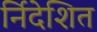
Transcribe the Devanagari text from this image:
र्निदेशित